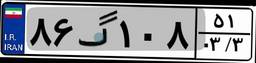
۸۶گ۱۰۸۵۱